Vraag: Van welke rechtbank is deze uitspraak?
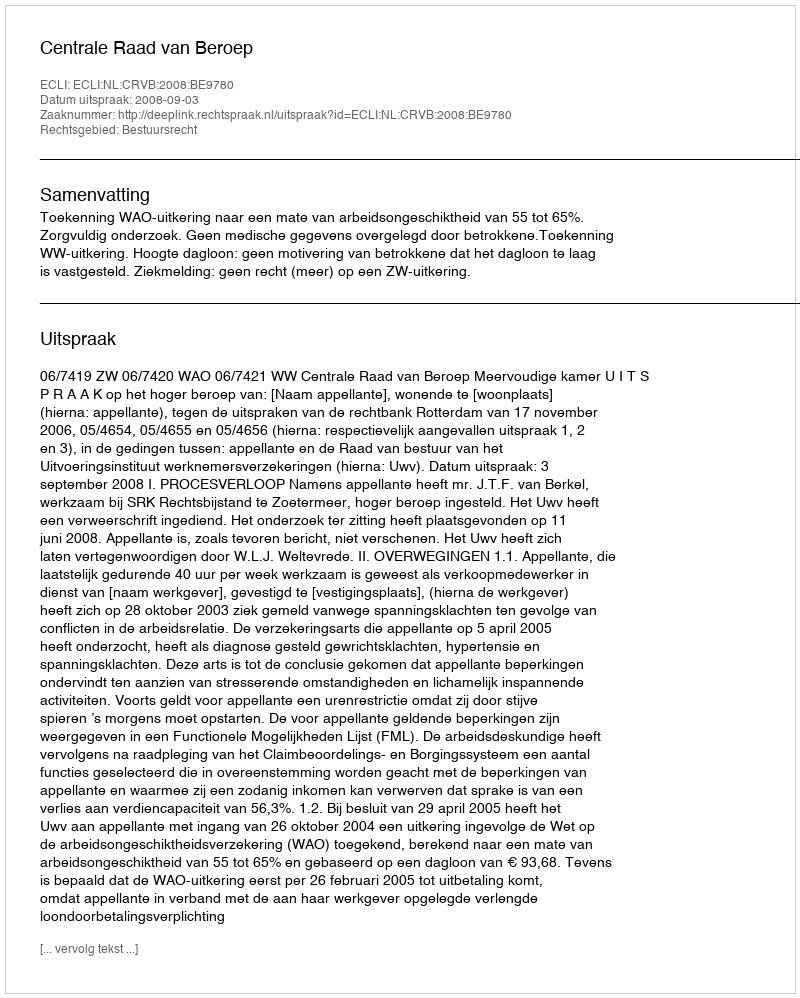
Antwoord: Centrale Raad van Beroep